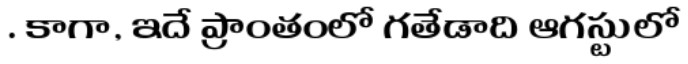
. కాగా, ఇదే ప్రాంతంలో గతేడాది ఆగస్టులో